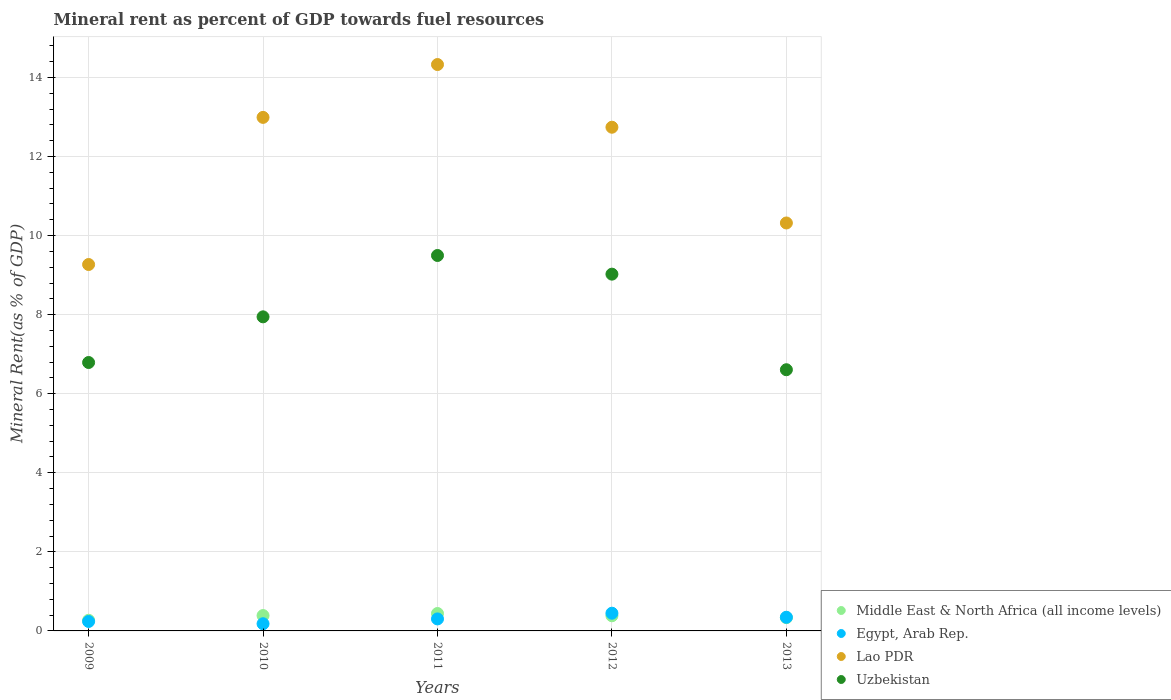
| Years | Middle East & North Africa (all income levels) | Egypt, Arab Rep. | Lao PDR | Uzbekistan |
 | --- | --- | --- | --- | --- |
 | 2009 | 0.269 | 0.239 | 9.27 | 6.79 |
 | 2010 | 0.389 | 0.182 | 13 | 7.95 |
 | 2011 | 0.441 | 0.304 | 14.3 | 9.5 |
 | 2012 | 0.384 | 0.448 | 12.7 | 9.03 |
 | 2013 | 0.335 | 0.346 | 10.3 | 6.61 |